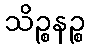
သိဉ္စနဉ္စ